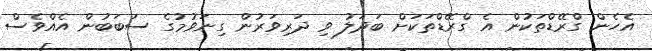
އެހެން ގްރޭޑްތަކުން އެ ގްރޭޑްތަކަށް ބަދަލު ވި ދަރިވަރުން ގިނަވުމުގެ ސަބަބުން އެއްވެސް